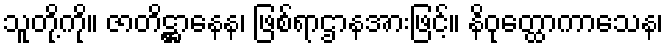
သူတို့ကို။ ဇာတိဋ္ဌာနေန၊ ဖြစ်ရာဌာနအားဖြင့်။ နိဝုတ္ထောကာသေန၊